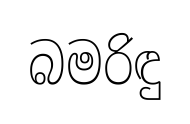
බමරිඳු